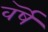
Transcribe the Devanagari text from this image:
वर्षॆं